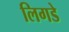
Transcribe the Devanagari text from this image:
लिगडे